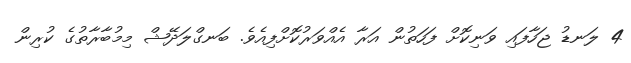
4 ލަނޑު ޖަހާފައި ވަނިކޮށް ފަހަތުން އަރާ އެއްވަރުކޮށްފިއެވެ. ބަނގްލަދޭޝް މިމުބާރާތުގެ ކުރިން